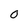
Character: 0